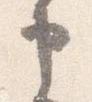
申